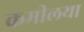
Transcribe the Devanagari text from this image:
कमीलया